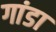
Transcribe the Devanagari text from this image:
गांडा